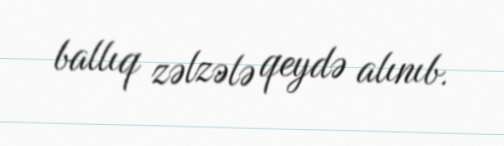
ballıq zəlzələ qeydə alınıb.